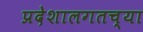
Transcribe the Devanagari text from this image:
प्रदेशालगतच्या